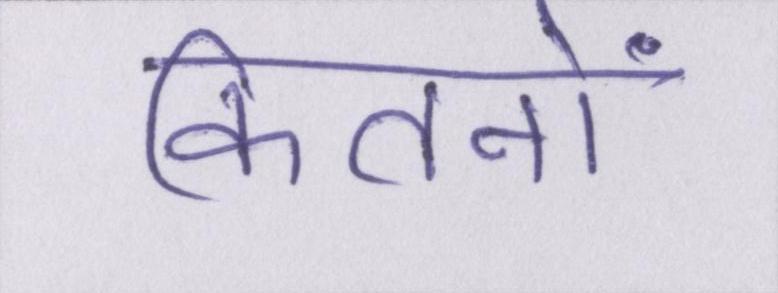
कितनों